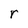
Character: r